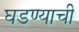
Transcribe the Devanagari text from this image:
घडण्याची